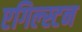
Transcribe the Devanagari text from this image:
एगिल्स्टन